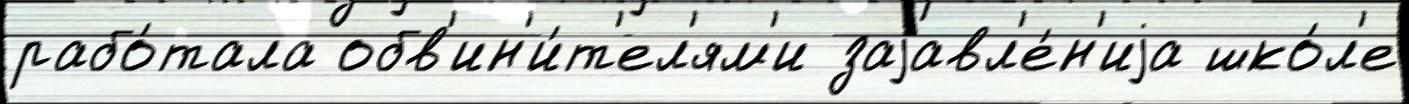
рабо́тала обв'ин'и́т'ел'ям'и заjавл'е́н'иjа шко́л'е